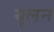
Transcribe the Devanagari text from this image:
यूलन